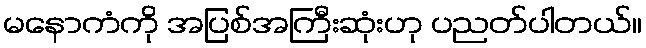
မနောကံကို အပြစ်အကြီးဆုံးဟု ပညတ်ပါတယ်။